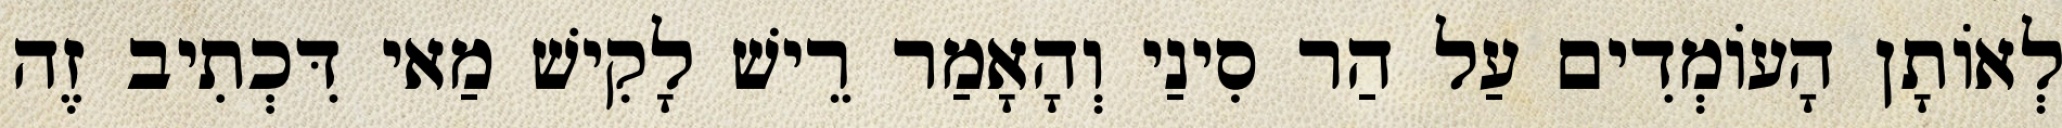
לְאוֹתָן הָעוֹמְדִים עַל הַר סִינַי וְהָאָמַר רֵישׁ לָקִישׁ מַאי דִּכְתִיב זֶה